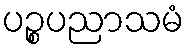
ပဉ္စပညာသမံ